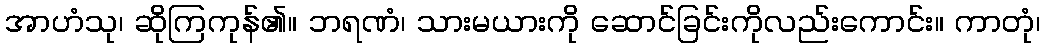
အာဟံသု၊ ဆိုကြကုန်၏။ ဘရဏံ၊ သားမယားကို ဆောင်ခြင်းကိုလည်းကောင်း။ ကာတုံ၊